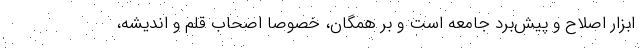
ابزار اصلاح و پیش‌برد جامعه است و بر همگان، خصوصا اصحاب قلم و اندیشه،